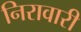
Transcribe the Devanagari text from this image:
निरावारी